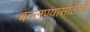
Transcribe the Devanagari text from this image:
बदलण्यासाठीची